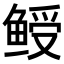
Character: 𬶙